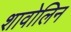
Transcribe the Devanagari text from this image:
शावोलिन